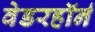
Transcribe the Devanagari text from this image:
वेडरहॉर्न